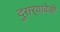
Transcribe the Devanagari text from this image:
दुसर्‍यावेळी